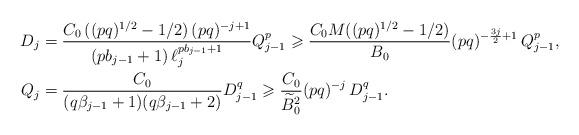
LaTeX: \begin{align*}D_{j}&=\frac{C_0\,((pq)^{1/2}-1/2)\,(pq)^{-j+1}}{(pb_{j-1}+1)\,\ell_{j}^{pb_{j-1}+1}}Q_{j-1}^p\geqslant \frac{C_0M((pq)^{1/2}-1/2)}{B_0}(pq)^{-\frac{3j}{2}+1}\,Q_{j-1}^p,\\Q_{j}&=\frac{C_0}{(q\beta_{j-1}+1)(q\beta_{j-1}+2)}D_{j-1}^q\geqslant\frac{C_0}{\widetilde{B}_0^2}(pq)^{-j}\,D_{j-1}^q.\end{align*}